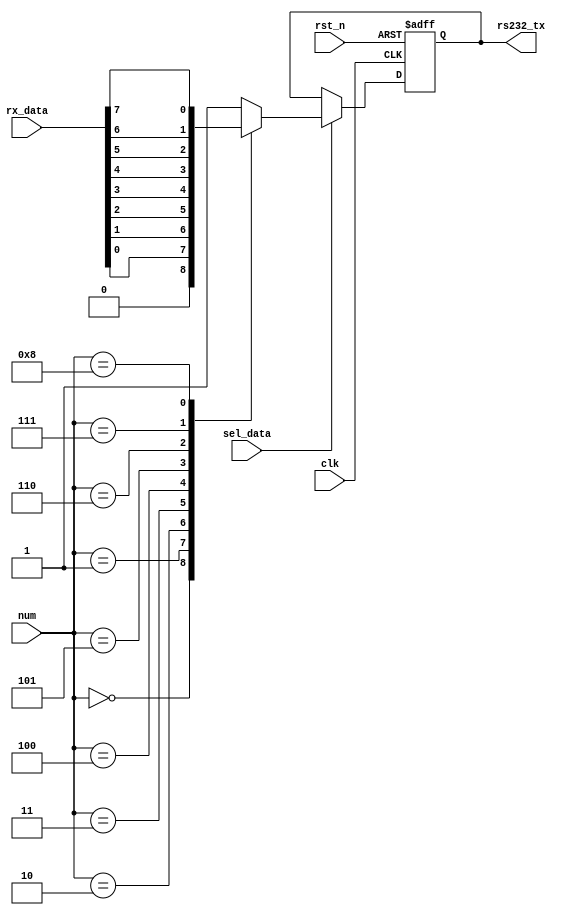
module	Uart_tx(
	input					clk,
	input					rst_n,
	input		[3:0]		num,											//num
	input					sel_data,										//
	input		[7:0]		rx_data,
	output	reg				rs232_tx
);

always	@(posedge	clk	or	negedge	rst_n)
	if(!rst_n)
		rs232_tx	<=		1'b1;
	else
		if(sel_data)														//
			case(num)														//
				0:	rs232_tx	<=		1'b0;								//
				1:	rs232_tx	<=		rx_data[0];
				2:	rs232_tx	<=		rx_data[1];
				3:	rs232_tx	<=		rx_data[2];
				4:	rs232_tx	<=		rx_data[3];
				5:	rs232_tx	<=		rx_data[4];
				6:	rs232_tx	<=		rx_data[5];
				7:	rs232_tx	<=		rx_data[6];
				8:	rs232_tx	<=		rx_data[7];
				9:	rs232_tx	<=		1'b1;								//
				default:	rs232_tx	<=		1'b1;					//
			endcase
	
endmodule